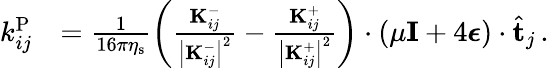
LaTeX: \begin{array}{rl}{k_{ij}^{\mathrm{P}}}&{=\frac{1}{16\pi\eta_{\mathrm{s}}}\left(\frac{\mathbf{K}_{ij}^{-}}{\left|\mathbf{K}_{ij}^{-}\right|^{2}}-\frac{\mathbf{K}_{ij}^{+}}{\left|\mathbf{K}_{ij}^{+}\right|^{2}}\right)\cdot\left(\mu\mathbf{I}+4\boldsymbol{\epsilon}\right)\cdot\hat{\mathbf{t}}_{j}\, .}\end{array}